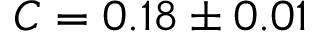
C = 0 . 1 8 \pm 0 . 0 1